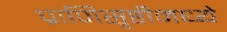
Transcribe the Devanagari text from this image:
प्राणिसृष्टीमध्ये